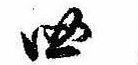
四